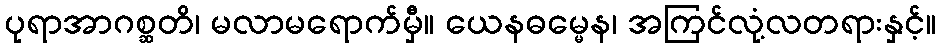
ပုရာအာဂစ္ဆတိ၊ မလာမရောက်မှီ။ ယေနဓမ္မေန၊ အကြင်လုံ့လတရားနှင့်။